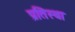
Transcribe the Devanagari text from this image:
प्रतिस्था